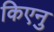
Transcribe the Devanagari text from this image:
किएनु